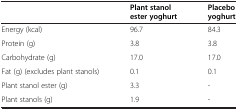
<table><thead><tr><td><b> </b></td><td><b>Plant stanol ester yoghurt</b></td><td><b>Placebo yoghurt</b></td></tr></thead><tbody><tr><td>Energy (kcal)</td><td>96.7</td><td>84.3</td></tr><tr><td>Protein (g)</td><td>3.8</td><td>3.8</td></tr><tr><td>Carbohydrate (g)</td><td>17.0</td><td>17.0</td></tr><tr><td>Fat (g) (excludes plant stanols)</td><td>0.1</td><td>0.1</td></tr><tr><td>Plant stanol ester (g)</td><td>3.3</td><td>-</td></tr><tr><td>Plant stanols (g)</td><td>1.9</td><td>-</td></tr></tbody></table>